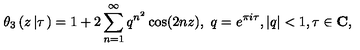
\theta _ { 3 } \left( z \left| \tau \right. \right) = 1 + 2 \sum _ { n = 1 } ^ { \infty } q ^ { n ^ { 2 } } \cos ( 2 n z ) , \ q = e ^ { \pi i \tau } , | q | < 1 , \tau \in \mathrm { \bf C } ,